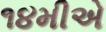
૧૪મીએ